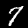
Digit: 7